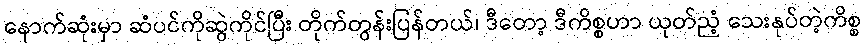
နောက်ဆုံးမှာ ဆံပင်ကိုဆွဲကိုင်ပြီး တိုက်တွန်းပြန်တယ်၊ ဒီတော့ ဒီကိစ္စဟာ ယုတ်ညံ့ သေးနုပ်တဲ့ကိစ္စ